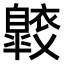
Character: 𧞠